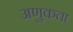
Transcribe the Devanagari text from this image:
अणुकता